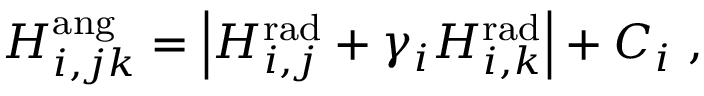
\begin{array} { r } { H _ { i , j k } ^ { \mathrm { a n g } } = \left| H _ { i , j } ^ { \mathrm { r a d } } + \gamma _ { i } H _ { i , k } ^ { \mathrm { r a d } } \right| + C _ { i } \ , } \end{array}